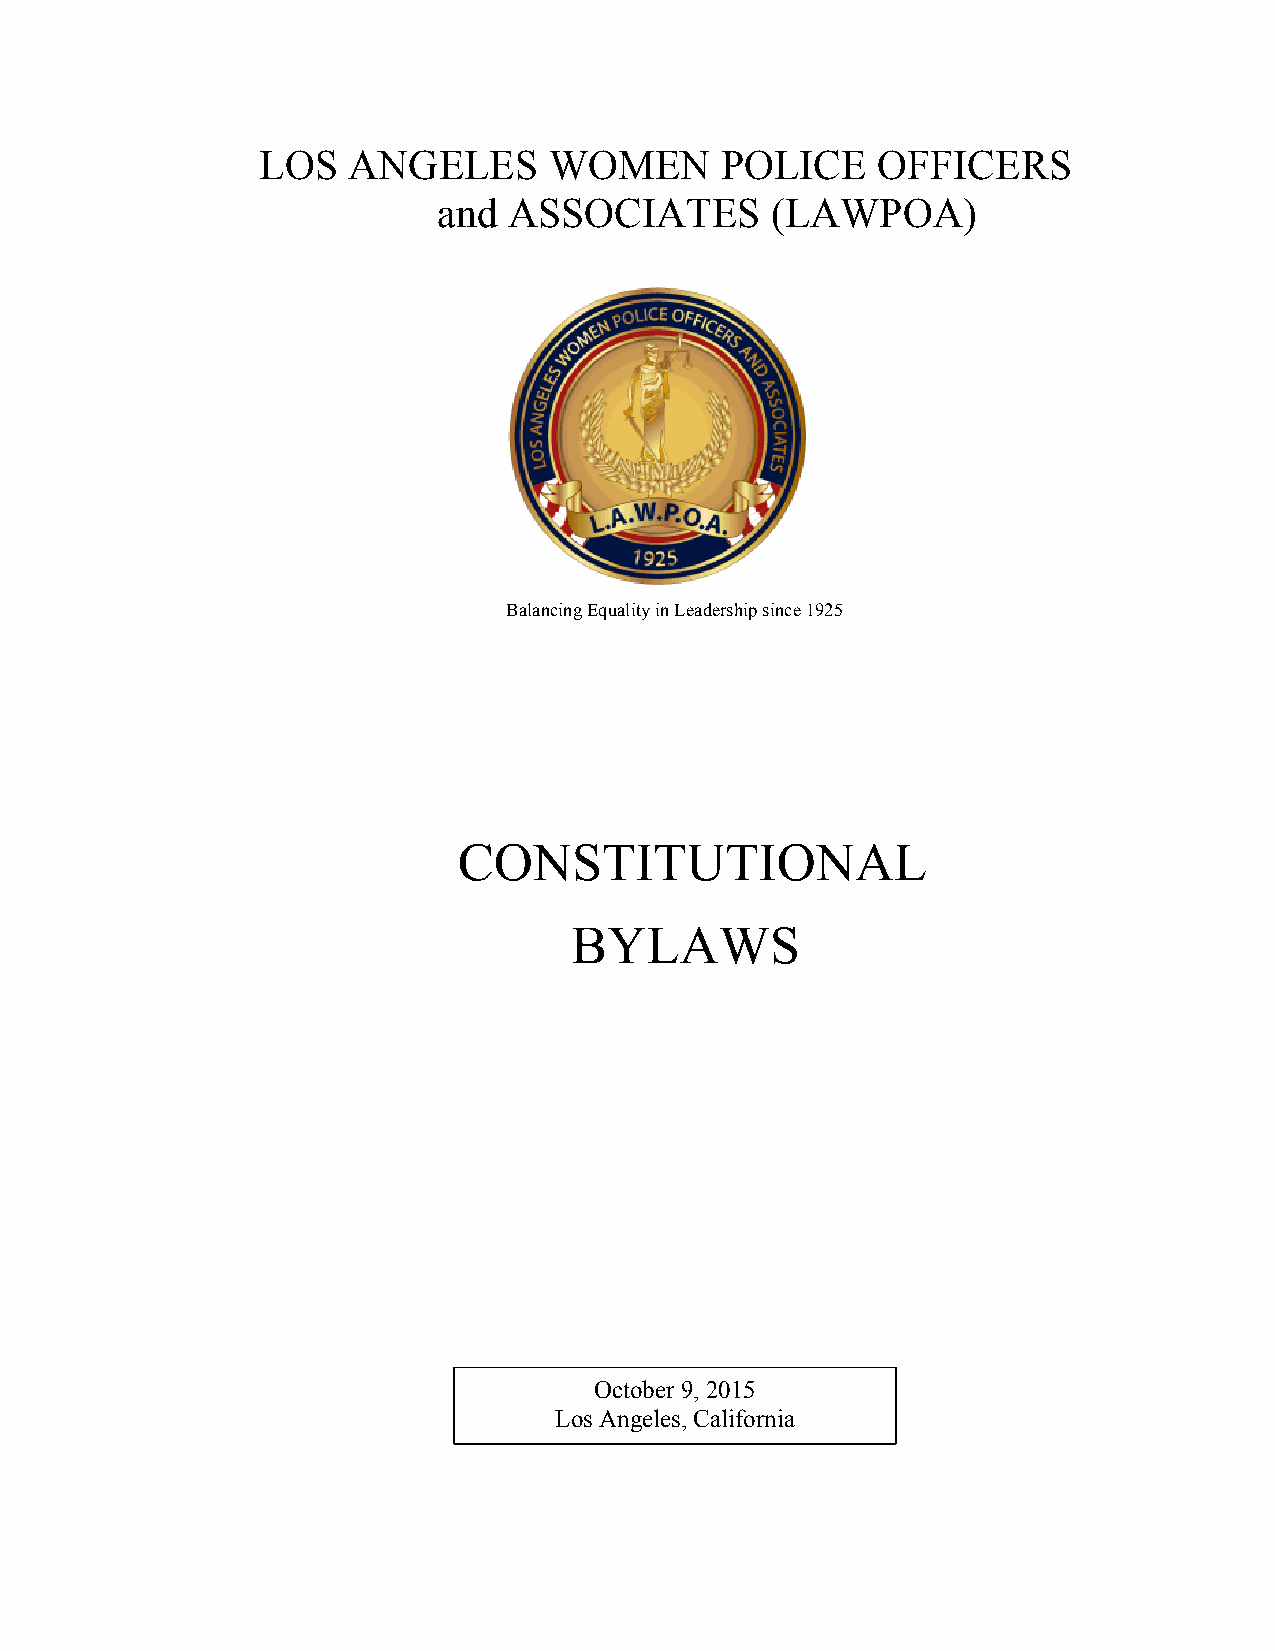
LOS   ANGELES      WOMEN       POLICE    OFFICERS
 and  ASSOCIATES       (LAWPOA)
 Balancing Equality in Leadership since 1925
 CONSTITUTIONAL
 BYLAWS
 OAcRtoTbIeCr 9L,E 2 0I 15
 Los Angele s, California